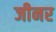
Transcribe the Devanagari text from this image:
जीनर